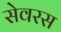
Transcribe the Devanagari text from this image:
सेवरस